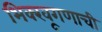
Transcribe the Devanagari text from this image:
भिक्खूगणाची